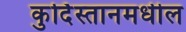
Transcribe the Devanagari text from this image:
कुर्दिस्तानमधील